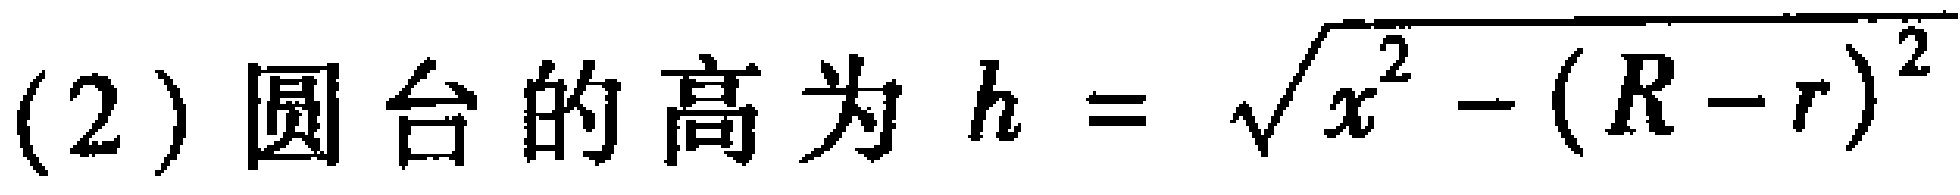
(2) 圆台的高为 \(h = \sqrt{x^{2} - (R - r)^{2}}\)